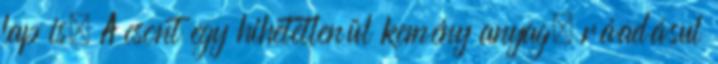
lap is. A csont egy hihetetlenül kemény anyag, ráadásul